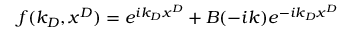
f ( k _ { D } , x ^ { D } ) = e ^ { i k _ { D } x ^ { D } } + B ( - i k ) e ^ { - i k _ { D } x ^ { D } }